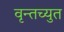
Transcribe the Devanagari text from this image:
वृन्तच्युत